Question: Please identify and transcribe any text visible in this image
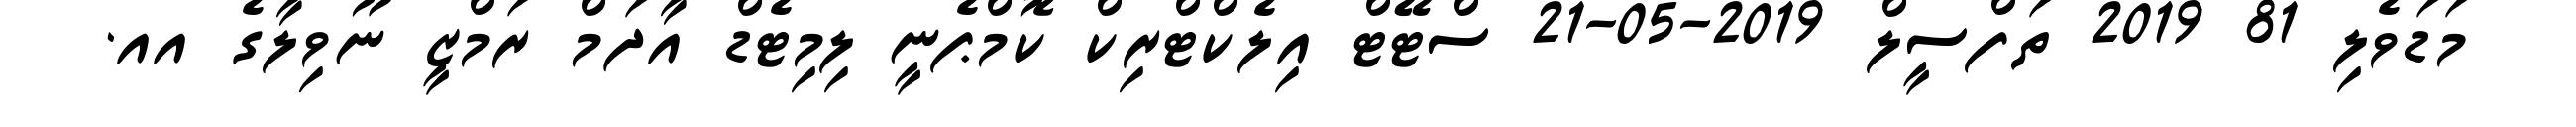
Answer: މަޑަވެލި 81 2019 ތަފްސީލް 2019-05-21 ސްޓޭޓް އިލެކްޓްރިކް ކޮމްޕެނީ ލިމިޓެޑް އާދަމް ރަމްޒީ ނޫވިލާގެ އއ.